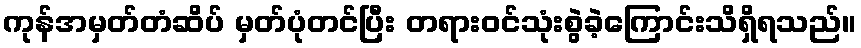
ကုန်အမှတ်တံဆိပ် မှတ်ပုံတင်ပြီး တရားဝင်သုံးစွဲခဲ့ကြောင်းသိရှိရသည်။